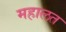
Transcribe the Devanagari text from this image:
महालत